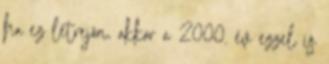
ha ez létrejön, akkor a 2000. év ezzel is